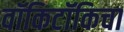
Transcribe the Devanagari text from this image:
वॉकिटॉकिचा